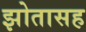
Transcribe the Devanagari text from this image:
झोतासह